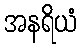
အနရိယံ